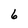
Character: 6